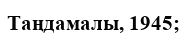
Таңдамалы, 1945;